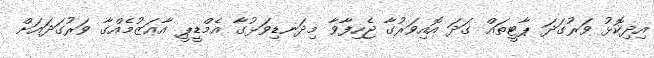
އިދިކޮޅު ވަރުގަދަ ޕާޓީތައް ގަދަ އޮއިވަރުގާ ޖެހިފާވާ މިދަނޑިވަޅުގާ އެމްޑީޕީ އާޢަޒުމެއްގާ ވަރުގަދައަށް